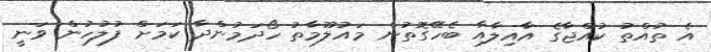
އެ ތުއްތު ކުއްޖާގެ އާއިލާއާ ބެހޭގޮތުން މައުލޫމާތު ހޯދަމުންދާ ކަމަށް ފުލުހުން ވަނީ